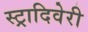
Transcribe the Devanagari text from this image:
स्ट्रादिवेरी